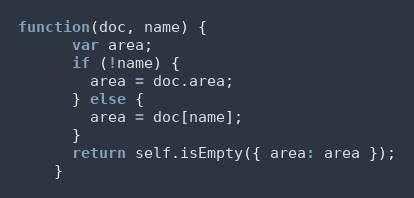
Language: JavaScript
function(doc, name) {
      var area;
      if (!name) {
        area = doc.area;
      } else {
        area = doc[name];
      }
      return self.isEmpty({ area: area });
    }